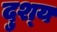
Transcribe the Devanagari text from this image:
दुश्‍य